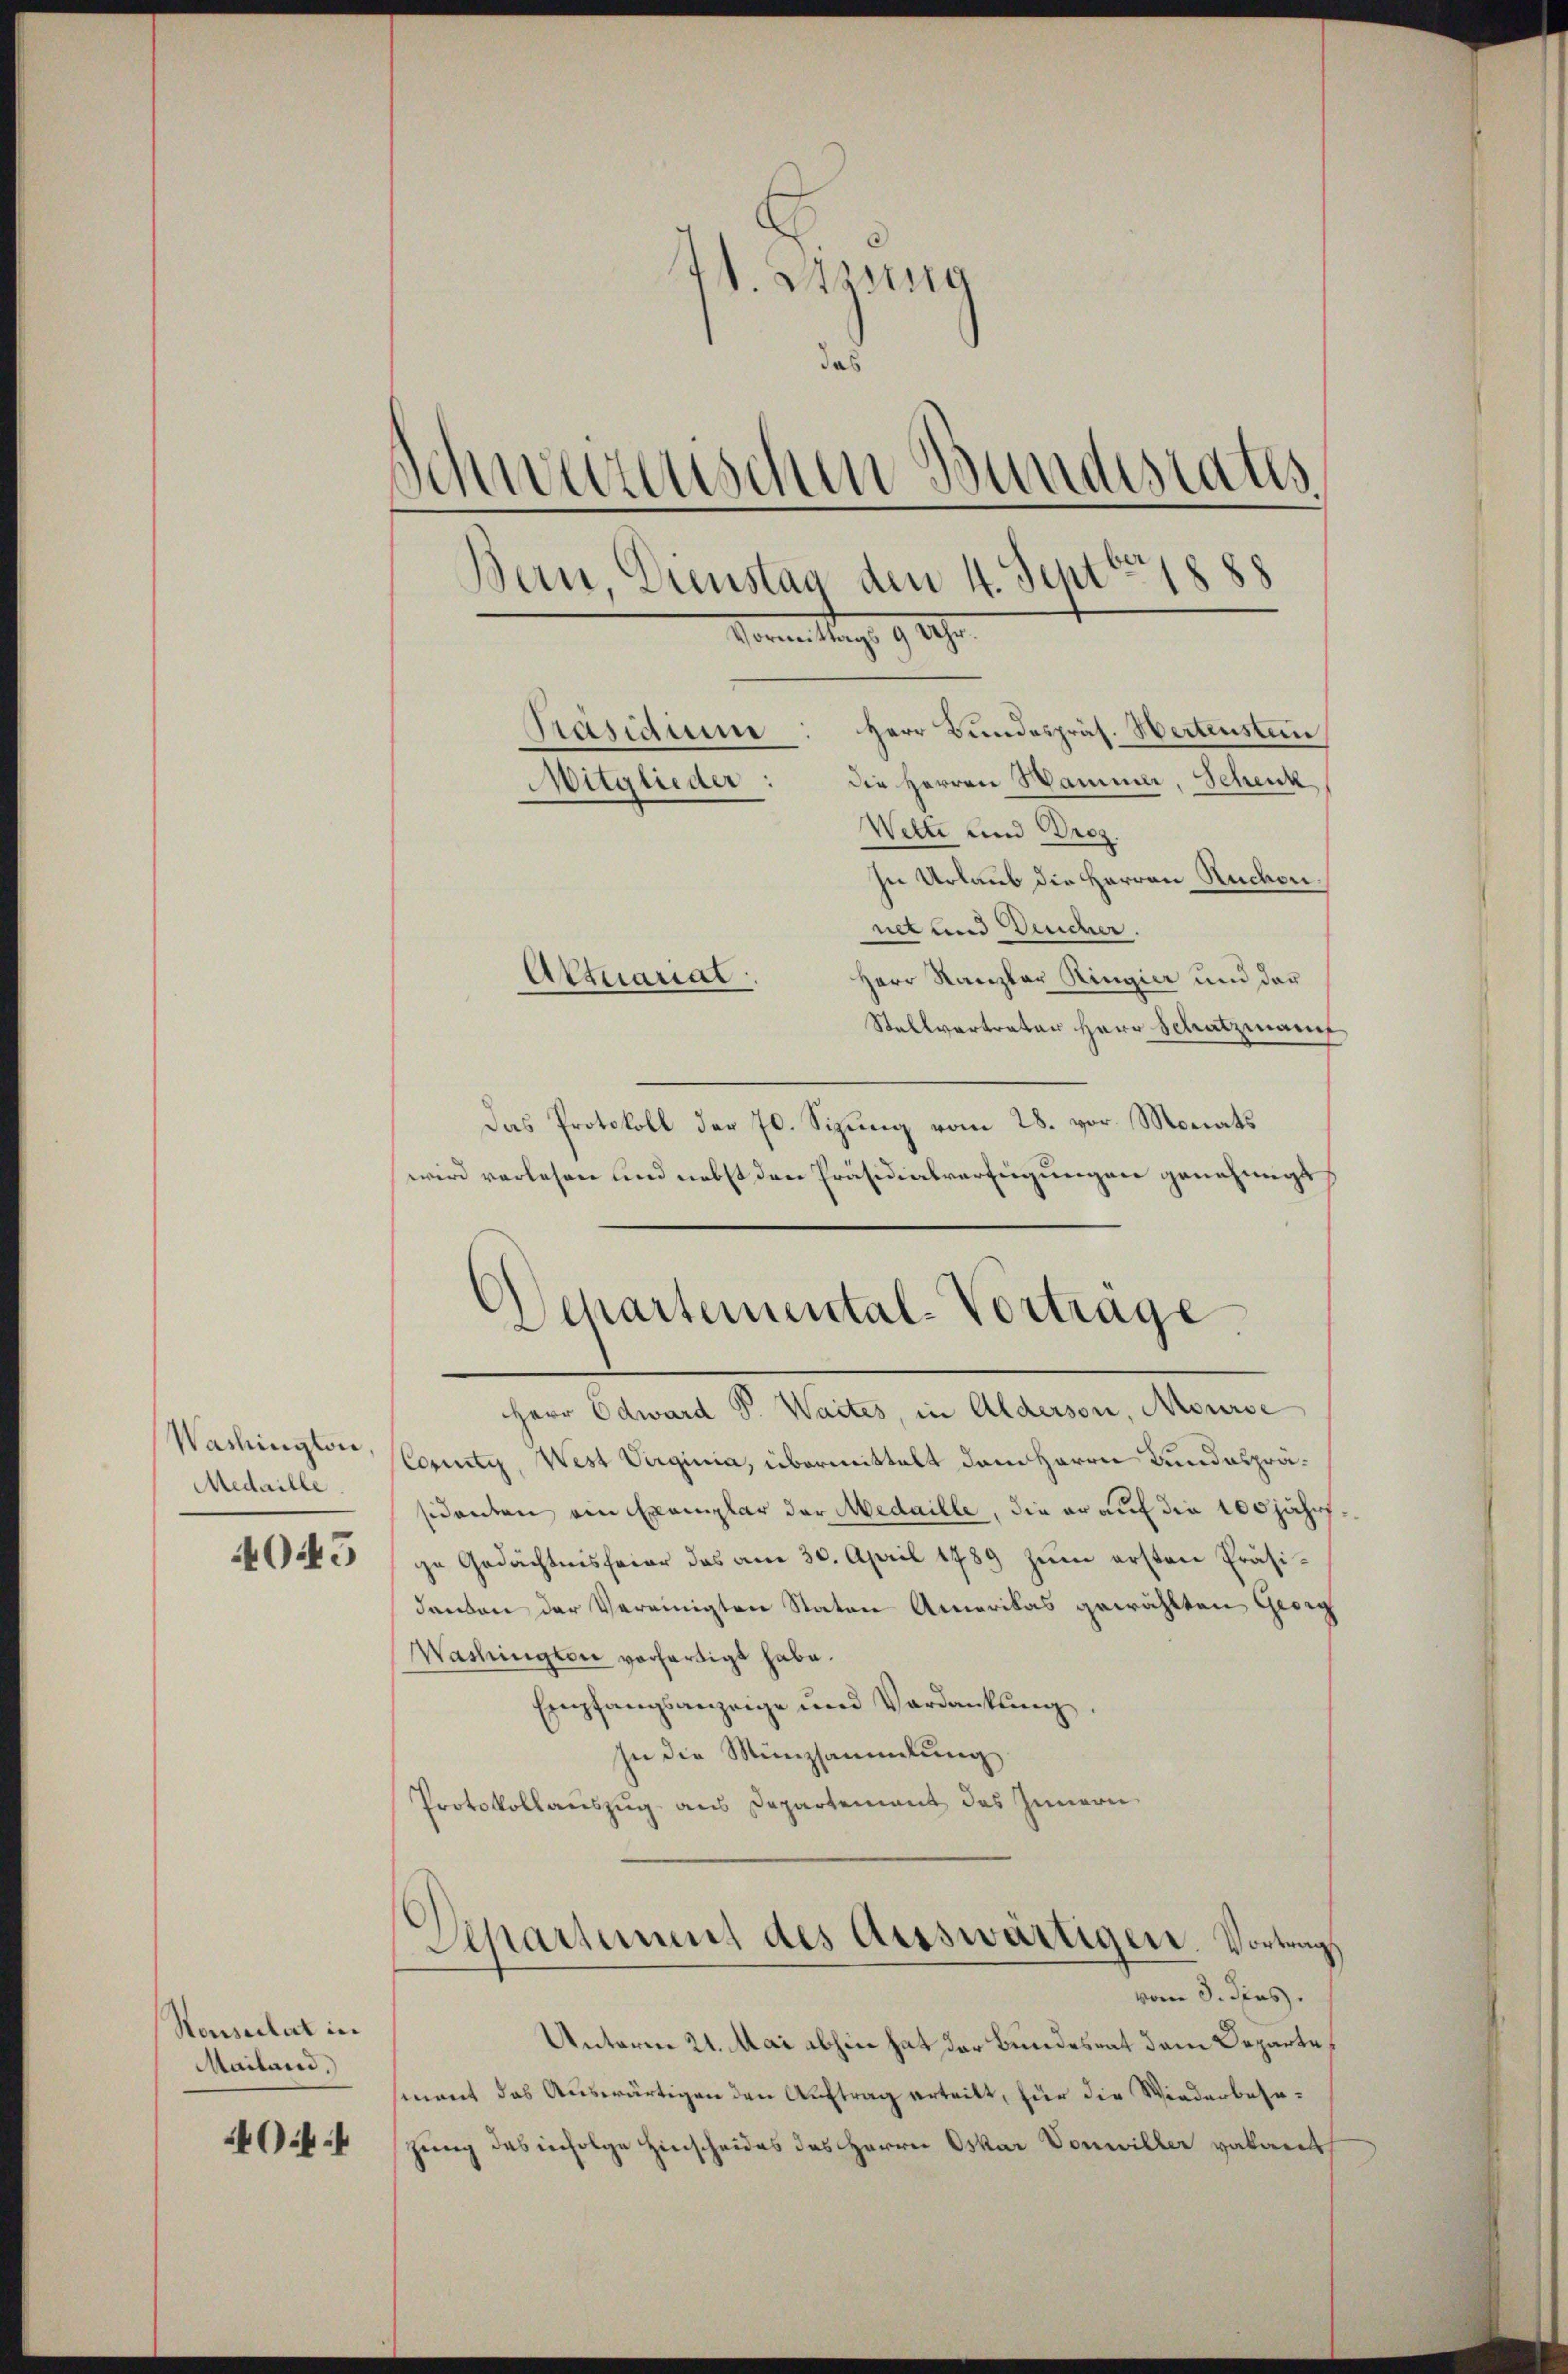
Medaille

Honsulat in
Mailand.

Of

W. Steung
das
Schwerzenschen Bundestatis,
Bern, Dienstag den 4. Septbr 1888
Pommenstag. 9. 29.
Präsidium. Herr Bundespräs. Hertenstein
die Herren Hammer, Schenk
Mitglieder:
Wette und Droz.

Herr Edward P. Waites, in Alderson, Mourse
Washingler, (Corty, West Virginia, übermittelt dem Herrn Bundespräsidenten ein Exemplar der Medaille, die er auf die 100jähr¬
1045 (ge Gedächtnisfeier das am 30. April 1789 zum ersten Präsidanken der Vereinigten Staten Amerikas gewählten Georg
Washington vorhartigt habe.
Empfangsanzeige und Verdankung,
In die Münzsammlung
Protokollauszug aus Departement des Innern

In Urlaub die Herren Ruchon
net und Feucher.
Attuariat
Herr Kanzler Ringier und der
Stallvertrater Herr Schatzmanch
Das Protokoll der 70. Sizung vom 28. vor. Monats
wird verlesen und nebst den Präsidialverfügungen genehmigt

Schartemental-Vortrage

Departement des Aisswärtigen. Vortrags
vom 3. dies

Unterm 21. Mai abhin hat der Bundesrat dem Departesment das Auswärtigen den Auftrag erteilt, für die Wiederbesezung des infolge Hinscheides des Herrn Oskar Vonwiller vakant